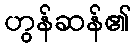
ဟွန်ဆန်၏